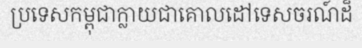
ប្រទេសកម្ពុជាក្លាយជាគោលដៅទេសចរណ៍ដ៏